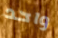
واحد